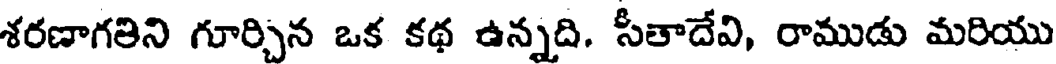
శరణాగతిని గూర్చిన ఒక కథ ఉన్నది. సీతాదేవి, రాముడు మరియు